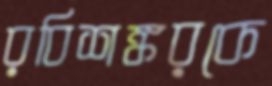
রবিশঙ্করকে